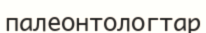
палеонтологтар